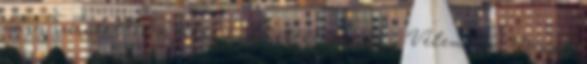
nagy szeretettel a többi küldetésünkre is :- Vélemény: Nagyon